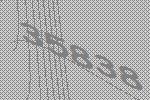
35838